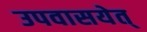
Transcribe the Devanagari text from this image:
उपवासयेत्